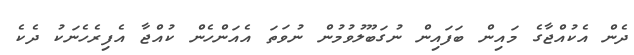
ދެން އެކުއްޖާގެ މައިން ބަފައިން ނުގަބޫލުވުމުން ނުވަތަ އެއަންހެން ކުއްޖާ އެފިރެހެނަކު ދެކެ